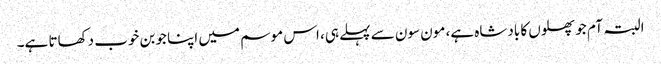
البتہ آم جو پھلوں کا بادشاہ ہے، مون سون سے پہلے ہی، اس موسم میں اپنا جوبن خوب دکھاتا ہے۔